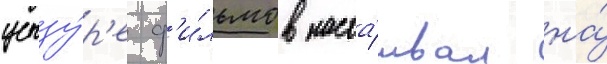
цензу́р'е ф'и́льмов наста́ивал на́